Report of the Indian Hemp Drugs Commission, 1894-1895 - Volume I
Year: 1894
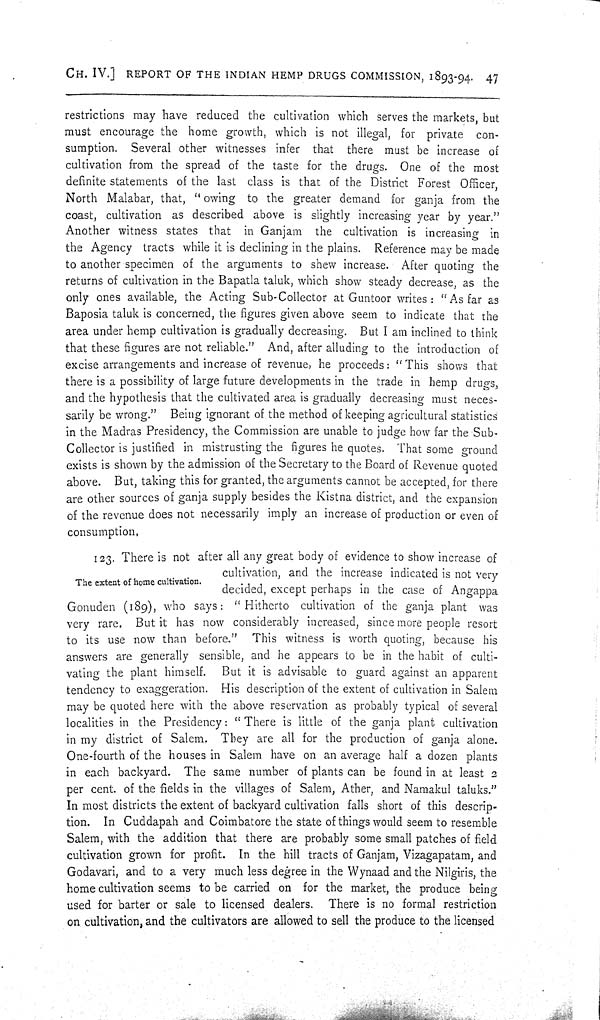
CH. IV.] REPORT OF THE INDIAN HEMP DRUGS COMMISSION, 1893-94. 47
restrictions may have reduced the cultivation which serves the markets, but
must encourage the home growth, which is not illegal, for private con-
sumption. Several other witnesses infer that there must be increase of
cultivation from the spread of the taste for the drugs. One of the most
definite statements of the last class is that of the District Forest Officer,
North Malabar, that, "owing to the greater demand for ganja from the
coast, cultivation as described above is slightly increasing year by year."
Another witness states that in Ganjam the cultivation is increasing in
the Agency tracts while it is declining in the plains. Reference may be made
to another specimen of the arguments to shew increase. After quoting the
returns of cultivation in the Bapatla taluk, which show steady decrease, as the
only ones available, the Acting Sub-Collector at Guntoor writes: "As far as
Baposia taluk is concerned, the figures given above seem to indicate that the
area under hemp cultivation is gradually decreasing. But I am inclined to think
that these figures are not reliable." And, after alluding to the introduction of
excise arrangements and increase of revenue, he proceeds: "This shows that
there is a possibility of large future developments in the trade in hemp drugs,
and the hypothesis that the cultivated area is gradually decreasing must neces-
sarily be wrong." Being ignorant of the method of keeping agricultural statistics
in the Madras Presidency, the Commission are unable to judge how far the Sub-
Collector is justified in mistrusting the figures he quotes. That some ground
exists is shown by the admission of the Secretary to the Board of Revenue quoted
above. But, taking this for granted, the arguments cannot be accepted, for there
are other sources of ganja supply besides the Kistna district, and the expansion
of the revenue does not necessarily imply an increase of production or even of
consumption.
The extent of home cultivation.
123. There is not after all any great body of evidence to show increase of
cultivation, and the increase indicated is not very
decided, except perhaps in the case of Angappa
Gonuden (189), who says: "Hitherto cultivation of the ganja plant was
very rare. But it has now considerably increased, since more people resort
to its use now than before." This witness is worth quoting, because his
answers are generally sensible, and he appears to be in the habit of culti-
vating the plant himself. But it is advisable to guard against an apparent
tendency to exaggeration. His description of the extent of cultivation in Salem
may be quoted here with the above reservation as probably typical of several
localities in the Presidency: "There is little of the ganja plant cultivation
in my district of Salem. They are all for the production of ganja alone.
One-fourth of the houses in Salem have on an average half a dozen plants
in each backyard. The same number of plants can be found in at least 2
per cent. of the fields in the villages of Salem, Ather, and Namakul taluks."
In most districts the extent of backyard cultivation falls short of this descrip-
tion. In Cuddapah and Coimbatore the state of things would seem to resemble
Salem, with the addition that there are probably some small patches of field
cultivation grown for profit. In the hill tracts of Ganjam, Vizagapatam, and
Godavari, and to a very much less degree in the Wynaad and the Nilgiris, the
home cultivation seems to be carried on for the market, the produce being
used for barter or sale to licensed dealers. There is no formal restriction
on cultivation, and the cultivators are allowed to sell the produce to the licensed